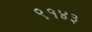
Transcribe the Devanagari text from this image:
९१४३